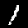
Digit: 1